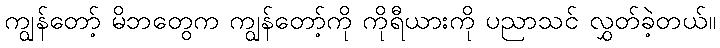
ကျွန်တော့် မိဘတွေက ကျွန်တော့်ကို ကိုရီယားကို ပညာသင် လွှတ်ခဲ့တယ်။